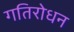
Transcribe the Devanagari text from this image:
गतिरोधन